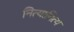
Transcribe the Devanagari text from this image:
नित्यानित्य